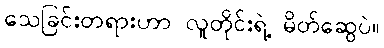
သေခြင်းတရားဟာ လူတိုင်းရဲ့ မိတ်ဆွေပဲ။